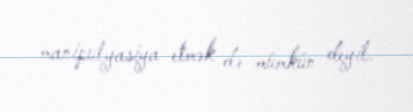
manipulyasiya etmək də mümkün deyil.